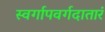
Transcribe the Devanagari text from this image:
स्वर्गापवर्गदातारं